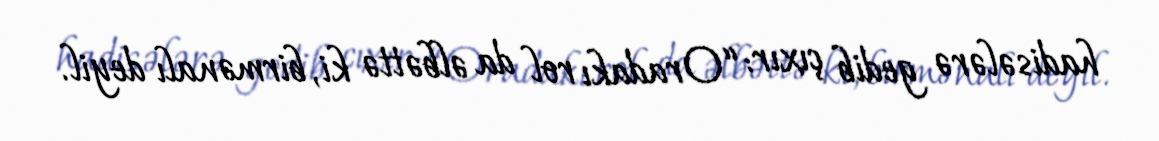
hadisələrə gedib çıxır: “Oradakı rol da əlbəttə ki, birmənalı deyil.